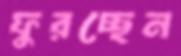
ফুরচ্ছেন